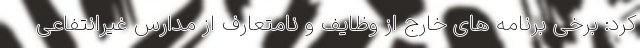
کرد: برخی برنامه های خارج از وظایف و نامتعارف از مدارس غیرانتفاعی